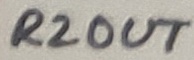
Text: R2OUT